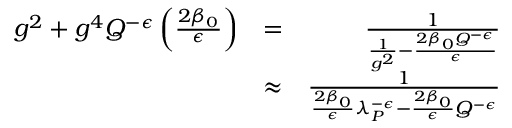
\begin{array} { r l r } { g ^ { 2 } + g ^ { 4 } Q ^ { - \epsilon } \left( \frac { 2 \beta _ { 0 } } { \epsilon } \right) } & { = } & { { \frac { 1 } { { \frac { 1 } { g ^ { 2 } } } - { \frac { 2 \beta _ { 0 } Q ^ { - \epsilon } } { \epsilon } } } } } \\ & { \approx } & { { \frac { 1 } { { \frac { 2 \beta _ { 0 } } { \epsilon } } \lambda _ { P } ^ { - \epsilon } - { \frac { 2 \beta _ { 0 } } { \epsilon } } Q ^ { - \epsilon } } } } \end{array}